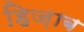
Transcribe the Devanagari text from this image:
हिज़ाब